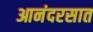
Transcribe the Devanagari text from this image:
आनंदरसात